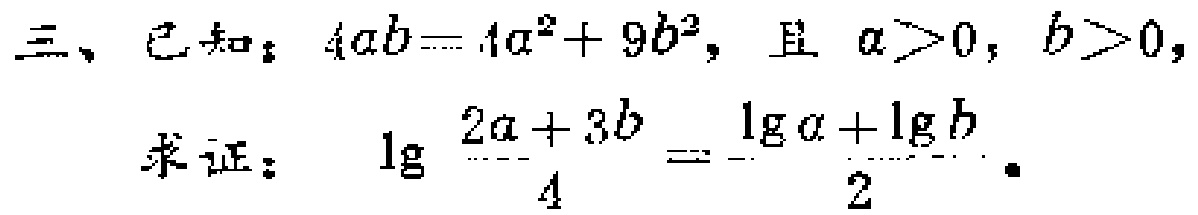
三、已知：$4ab = 4a^{2}+9b^{2}$，且$a > 0$，$b > 0$，
求证：$\lg\frac{2a + 3b}{4}=\frac{\lg a+\lg b}{2}$。